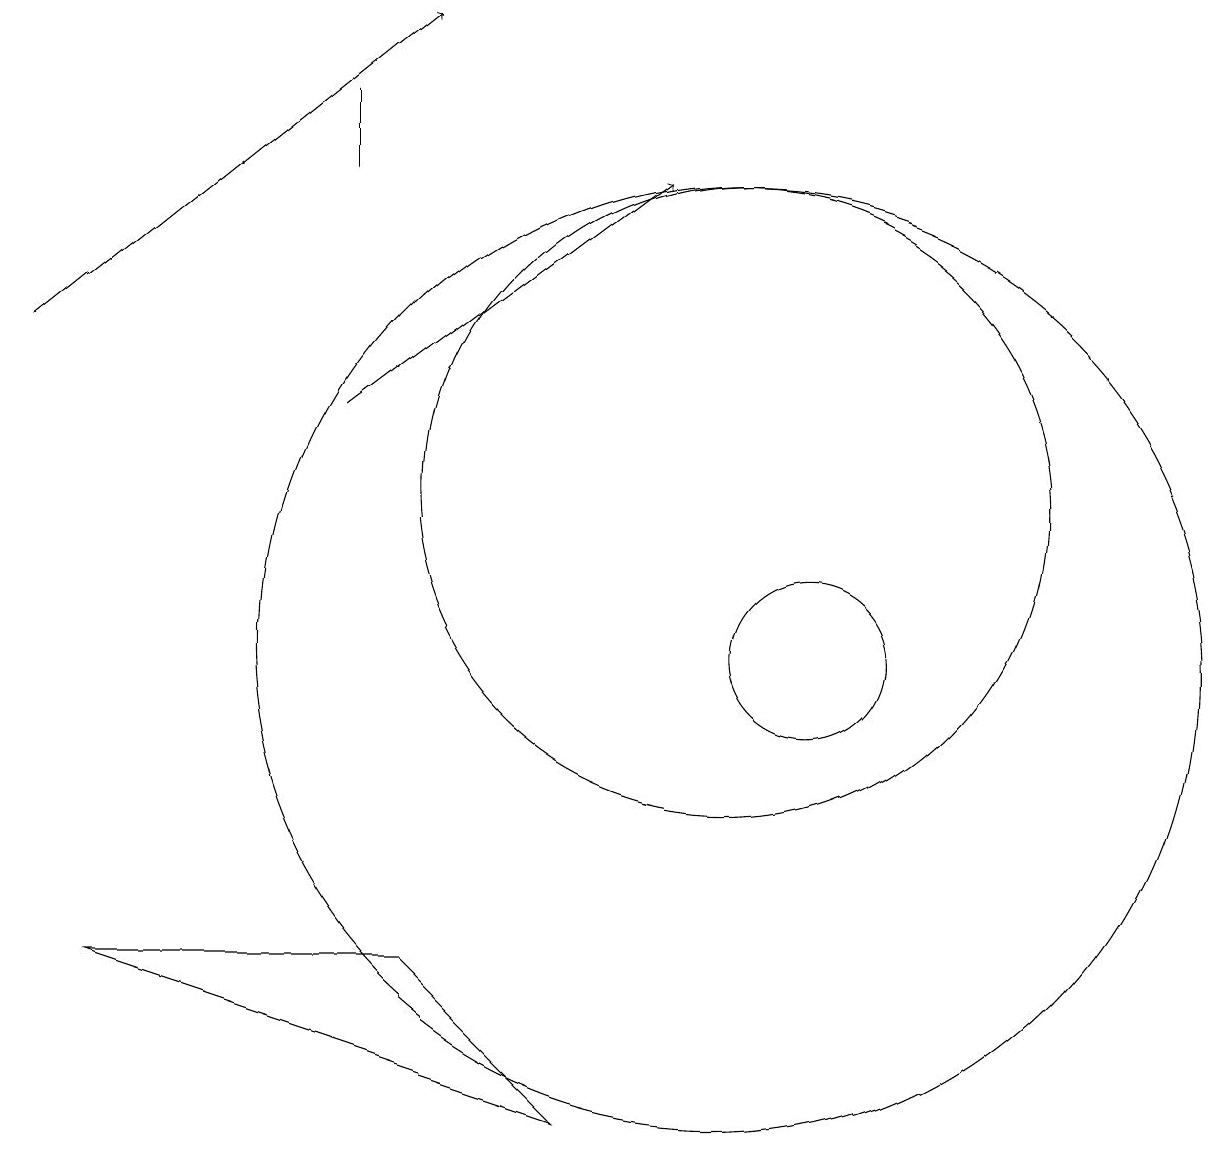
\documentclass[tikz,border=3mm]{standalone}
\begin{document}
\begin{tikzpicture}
\draw[->] (1,14) -- (6,18);
\draw (10,10) circle (6);
\draw[->] (5,13) -- (9,16);
\draw (11,10) circle (1);
\draw (5,17) rectangle (5,16);
\draw (8,4) -- (2,6) -- (6,6) -- cycle;
\draw (10,12) circle (4);
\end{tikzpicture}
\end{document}